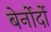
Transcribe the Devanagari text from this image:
बेर्नोर्दो